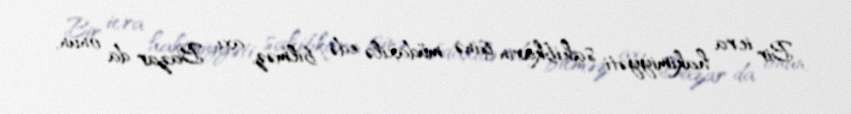
Bir icra hakimiyyəti sahibkarın işinə müdaxilə edə bilməz, axı… Bazar da onun,